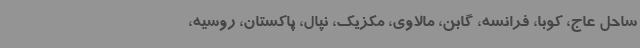
ساحل عاج، کوبا، فرانسه، گابن، مالاوی، مکزیک، نپال، پاکستان، روسیه،